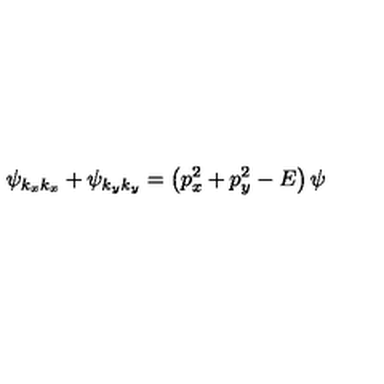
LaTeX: \psi _ { k _ { x } k _ { x } } + \psi _ { k _ { y } k _ { y } } = \left( p _ { x } ^ { 2 } + p _ { y } ^ { 2 } - E \right) \psi